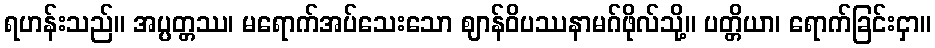
ရဟန်းသည်။ အပ္ပတ္တဿ၊ မရောက်အပ်သေးသော ဈာန်ဝိပဿနာမဂ်ဖိုလ်သို့။ ပတ္တိယာ၊ ရောက်ခြင်းငှာ။